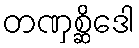
တဏှစ္ဆိဒေါ